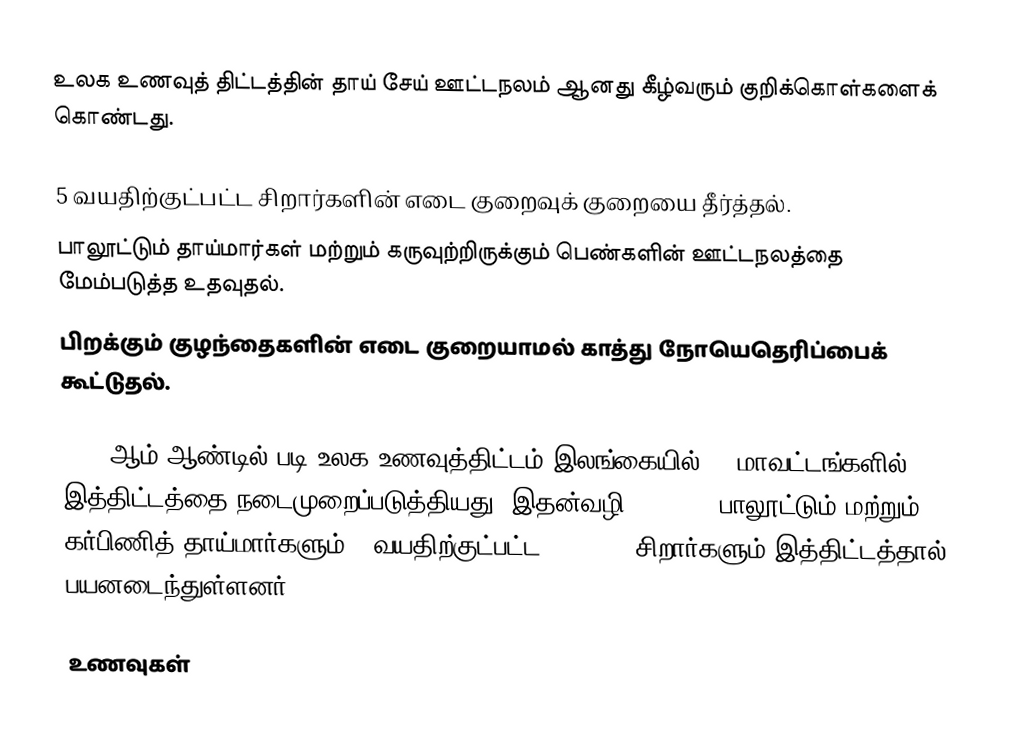
உலக உணவுத் திட்டத்தின் தாய் சேய் ஊட்டநலம் ஆனது கீழ்வரும் குறிக்கொள்களைக் கொண்டது.

5 வயதிற்குட்பட்ட சிறார்களின் எடை குறைவுக் குறையை தீர்த்தல்.
பாலூட்டும் தாய்மார்கள் மற்றும் கருவுற்றிருக்கும் பெண்களின் ஊட்டநலத்தை மேம்படுத்த உதவுதல்.
பிறக்கும் குழந்தைகளின் எடை குறையாமல் காத்து நோயெதெரிப்பைக் கூட்டுதல்.

2006 ஆம் ஆண்டில் படி உலக உணவுத்திட்டம் இலங்கையில் 12 மாவட்டங்களில் இத்திட்டத்தை நடைமுறைப்படுத்தியது. இதன்வழி 136, 400 பாலூட்டும் மற்றும் கர்பிணித் தாய்மார்களும் 5 வயதிற்குட்பட்ட 204, 600 சிறார்களும் இத்திட்டத்தால் பயனடைந்துள்ளனர்.

உணவுகள்